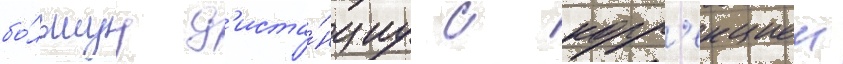
бо́льшуу д'иста́нциу с корр'екциеи